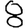
Digit: 8